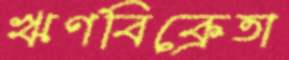
ঋণবিক্রেতা